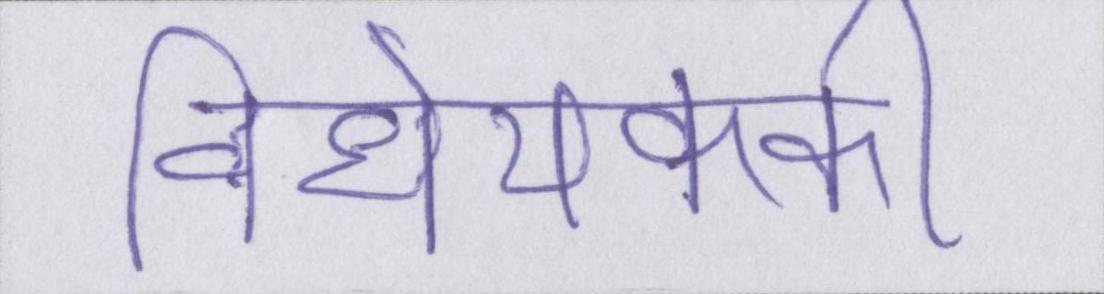
विधेयककी